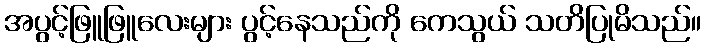
အပွင့်ဖြူဖြူလေးများ ပွင့်နေသည်ကို ကေသွယ် သတိပြုမိသည်။